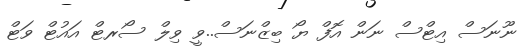
ނޫނަސް އިޓްސް ނަން އޮފް ޔޯ ބިޒްނަސް..ވީ ވިލް ސޯރޓް އައުޓް ވަޓް